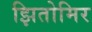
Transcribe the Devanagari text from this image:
झितोमिर